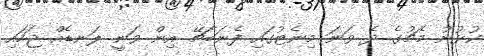
ކުޅުނު މެޗުގެ ދެ ވަނަ މިނެޓުގައި ފެނަބާޗޭ އިން ވަނީ ލަނޑެއް ޖަހައި